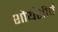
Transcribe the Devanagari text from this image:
शौर्यशीर्ष